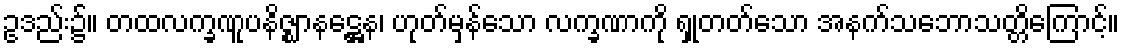
ဥဒည်း၌။ တထလက္ခဏူပနိဇ္ဈာနဋ္ဌေန၊ ဟုတ်မှန်သော လက္ခဏာကို ရှုတတ်သော အနက်သဘောသတ္တိကြောင့်။